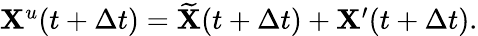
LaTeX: \begin{array}{r}{\mathbf{X}^{u}(t+\Delta t)=\widetilde{\mathbf{X}}(t+\Delta t)+\mathbf{X}^{\prime}(t+\Delta t).}\end{array}